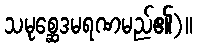
သမုစ္ဆေဒမရဏမည်၏)။